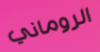
الروماني